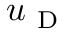
u _ { \mathrm { ~ D ~ } }